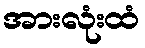
အားလုံးထံ